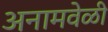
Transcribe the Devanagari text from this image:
अनामवेळी